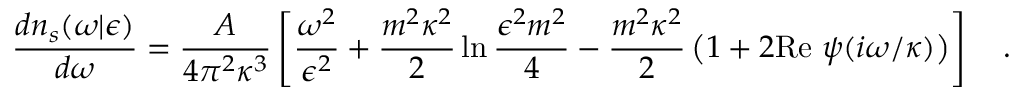
{ \frac { d n _ { s } ( \omega | \epsilon ) } { d \omega } } = { \frac { \cal A } { 4 \pi ^ { 2 } \kappa ^ { 3 } } } \left[ { \frac { \omega ^ { 2 } } { \epsilon ^ { 2 } } } + { \frac { m ^ { 2 } \kappa ^ { 2 } } { 2 } } \ln { \frac { \epsilon ^ { 2 } m ^ { 2 } } { 4 } } - { \frac { m ^ { 2 } \kappa ^ { 2 } } { 2 } } \left( 1 + 2 \mathrm { R e } ~ \psi ( i \omega / \kappa ) \right) \right] ~ ~ ~ .